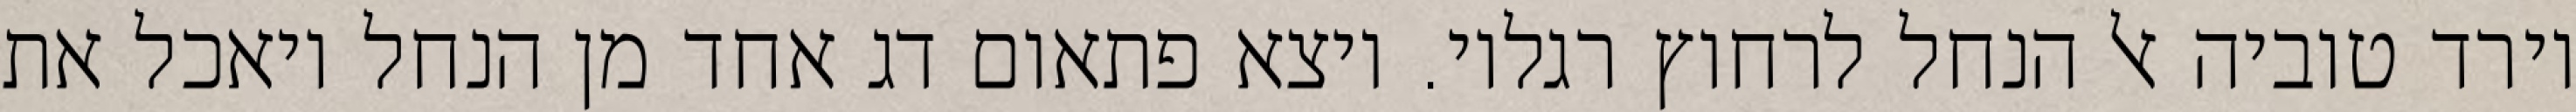
וירד טוביה אל הנחל לרחוץ רגליו. ויצא פתאום דג אחד מן הנחל ויאכל את